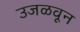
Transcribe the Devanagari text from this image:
उजळवून